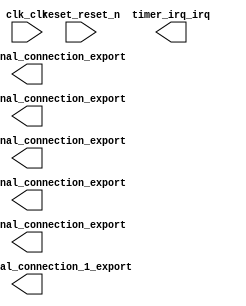

module clock (
	clk_clk,
	reg_h1_external_connection_export,
	reg_h2_external_connection_1_export,
	reset_reset_n,
	timer_irq_irq,
	reg_m1_external_connection_export,
	reg_m2_external_connection_export,
	reg_s1_external_connection_export,
	reg_s2_external_connection_export);	

	input		clk_clk;
	output	[7:0]	reg_h1_external_connection_export;
	output	[7:0]	reg_h2_external_connection_1_export;
	input		reset_reset_n;
	output		timer_irq_irq;
	output	[7:0]	reg_m1_external_connection_export;
	output	[7:0]	reg_m2_external_connection_export;
	output	[7:0]	reg_s1_external_connection_export;
	output	[7:0]	reg_s2_external_connection_export;
endmodule